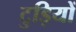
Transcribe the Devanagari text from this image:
टुड़ियों